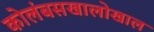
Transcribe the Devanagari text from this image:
कोलंबसखालोखाल